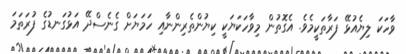
ވާހަކަ ލިޔެއުޅޭ ފަރާތަކީމެވެ. އެގޮތުން މިވާހަކަޔަކީ ކިޔުންތެރިންނާއި ހަމަޔަށް ގެނެސްދޭ އަޅުގަނޑުގެ ފުރަތަމަ